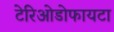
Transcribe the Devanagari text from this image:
टेरिओडोफायटा